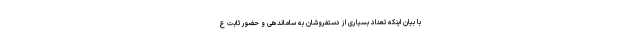
با بیان اینکه تعداد بسیاری از دستفروشان به ساماندهی و حضور ثابت ع